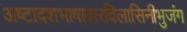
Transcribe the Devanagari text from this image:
अष्टादशभाषावारविलासिनीभुजंग